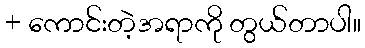
+ ကောင်းတဲ့အရာကို တွယ်တာပါ။